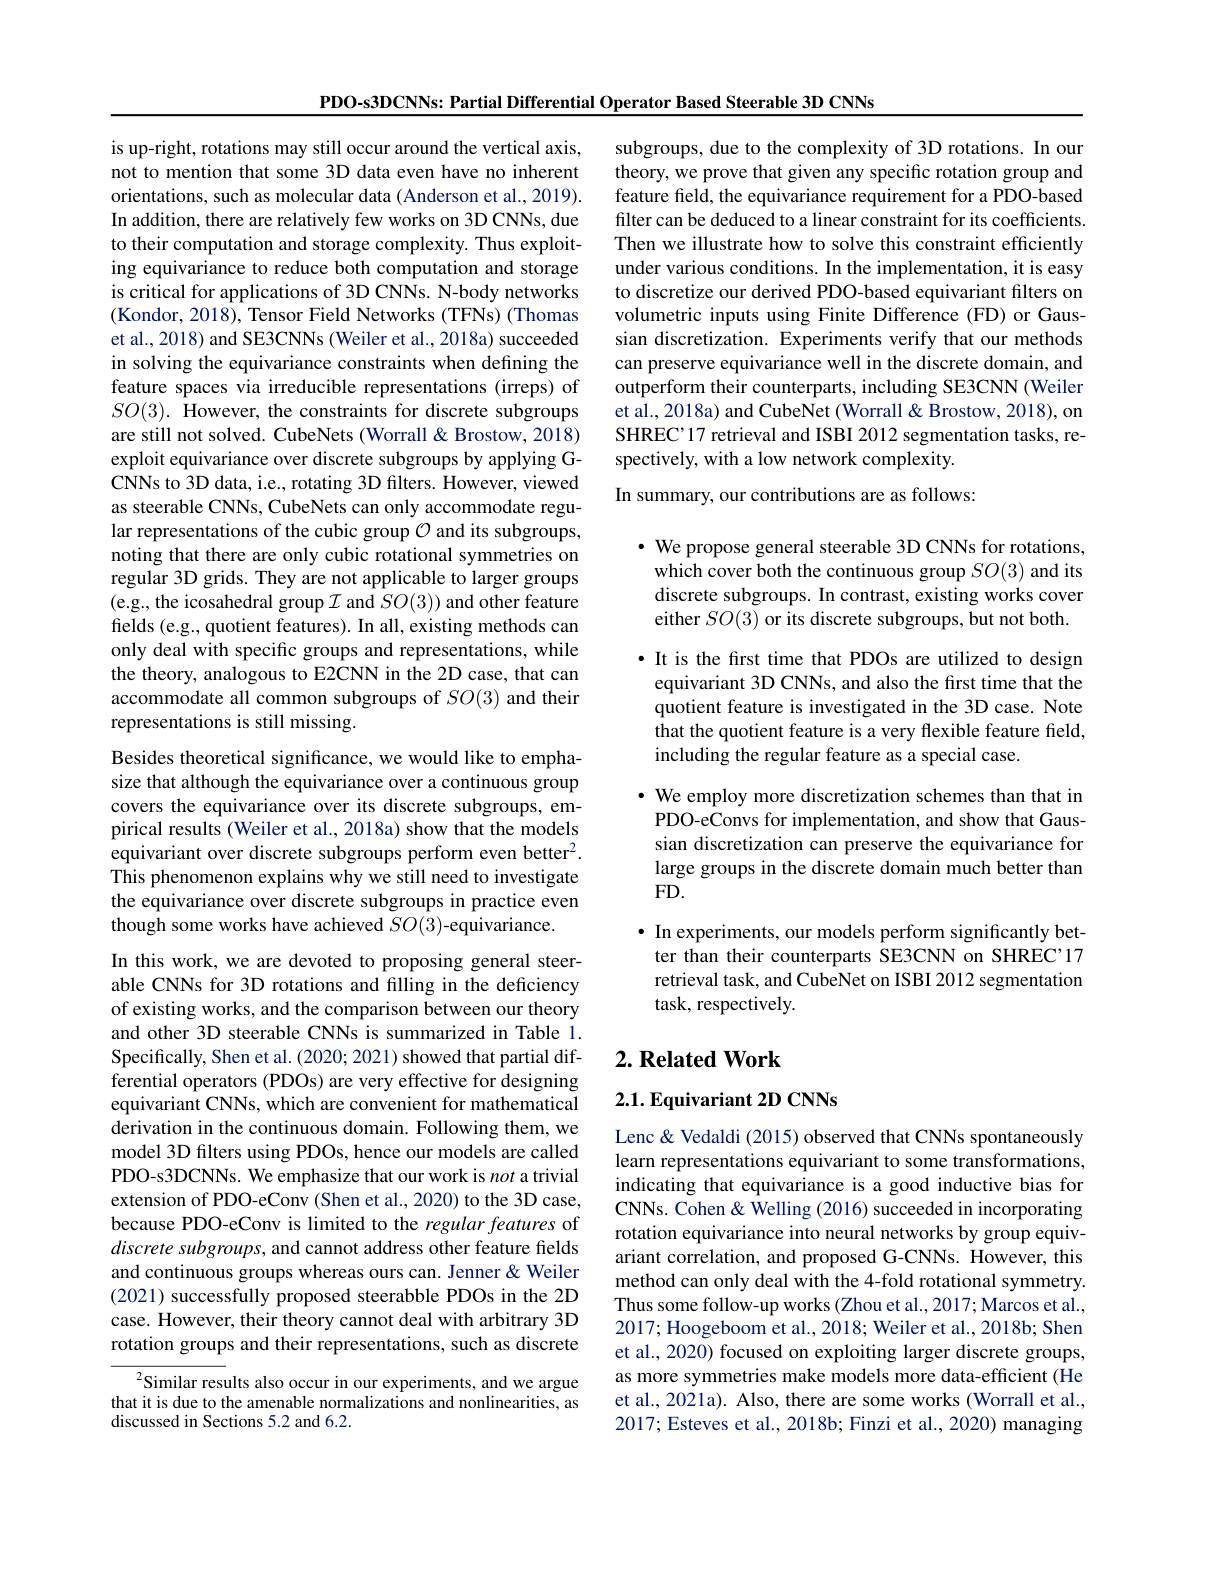
PDO-s3DCNNs: Partial Differential Operator Based Steerable 3D CNNs

is up-right, rotations may still occur around the vertical axis,

not to mention that some 3D data even have no inherent

orientations, such as molecular data (Anderson et al., 2019).

In addition, there are relatively few works on 3D CNNs, due

to their computation and storage complexity. Thus exploit-

ing equivariance to reduce both computation and storage

is critical for applications of 3D CNNs. N-body networks

(Kondor, 2018), Tensor Field Networks (TFNs) (Thomas

et al., 2018) and SE3CNNs (Weiler et al., 2018a) succeeded

in solving the equivariance constraints when defining the

feature spaces via irreducible representations (irreps) of

$SO(3).$ However, the constraints for discrete subgroups

are still not solved. CubeNets (Worrall&Brostow, 2018)

exploit equivariance over discrete subgroups by applying G-

CNNs to 3D data, i.e., rotating 3D filters. However, viewed

as steerable CNNs, CubeNets can only accommodate regu-

lar representations of the cubic group $\mathcal{O}$ and its subgroups,

noting that there are only cubic rotational symmetries on

regular 3D grids. They are not applicable to larger groups

(e.g., the icosahedral group $\mathcal{I}$ and $SO(3))$ and other feature

fields (e.g., quotient features). In all, existing methods can

only deal with specific groups and representations, while

the theory, analogous to E2CNN in the 2D case, that can

accommodate all common subgroups of $SO(3)$ and their

representations is still missing.

Besides theoretical significance, we would like to emphasize that although the equivariance over a continuous group covers the equivariance over its discrete subgroups, empirical results (Weiler et al., 2018a) show that the models equivariant over discrete subgroups perform even better$^2.$ This phenomenon explains why we still need to investigate the equivariance over discrete subgroups in practice even though some works have achieved $SO(3)$-equivariance.

In this work, we are devoted to proposing general steerable CNNs for 3D rotations and filling in the deficiency of existing works, and the comparison between our theory and other 3D steerable CNNs is summarized in Table 1. Specifically, Shen et al. (2020; 2021) showed that partial differential operators (PDOs) are very effective for designing equivariant CNNs, which are convenient for mathematical derivation in the continuous domain. Following them, we model 3D filters using PDOs, hence our models are called PDO-s3DCNNs. We emphasize that our work is not a trivial extension of PDO-eConv (Shen et al., 2020) to the 3D case, because PDO-eConv is limited to the regular features of discrete subgroups, and cannot address other feature fields and continuous groups whereas ours can. Jenner & Weiler (2021) successfully proposed steerabble PDOs in the 2D case. However, their theory cannot deal with arbitrary 3D rotation groups and their representations, such as discrete

${^2}$Similar results also occur in our experiments, and we argue that it is due to the amenable normalizations and nonlinearities, as discussed in Sections 5.2 and 6.2.

subgroups, due to the complexity of 3D rotations. In our theory, we prove that given any specific rotation group and feature field, the equivariance requirement for a PDO-based filter can be deduced to a linear constraint for its coefficients. Then we illustrate how to solve this constraint efficiently under various conditions. In the implementation, it is easy to discretize our derived PDO-based equivariant filters on volumetric inputs using Finite Difference (FD) or Gaussian discretization. Experiments verify that our methods can preserve equivariance well in the discrete domain, and outperform their counterparts, including SE3CNN (Weiler et al., 2018a) and CubeNet (Worrall & Brostow, 2018), on SHREC'17 retrieval and ISBI 2012 segmentation tasks, respectively, with a low network complexity.

In summary, our contributions are as follows:

· We propose general steerable 3D CNNs for rotations, which cover both the continuous group $SO(3)$ and its discrete subgroups. In contrast, existing works cover either $SO(3)$ or its discrete subgroups, but not both.

·It is the first time that PDOs are utilized to design equivariant 3D CNNs, and also the first time that the quotient feature is investigated in the 3D case. Note that the quotient feature is a very flexible feature field, including the regular feature as a special case.

$\cdot$ We employ more discretization schemes than that in PDO-eConvs for implementation, and show that Gaussian discretization can preserve the equivariance for large groups in the discrete domain much better than $FD.$

$\bullet$ In experiments, our models perform significantly better than their counterparts SE3CNN on SHREC'17 retrieval task, and CubeNet on ISBI 2012 segmentation task, respectively.

## $2. \textbf{ Related Work}$

## 2.1. Equivariant 2D CNNs

Lenc & Vedaldi (2015) observed that CNNs spontaneously learn representations equivariant to some transformations, indicating that equivariance is a good inductive bias for CNNs. Cohen & Welling (2016) succeeded in incorporating rotation equivariance into neural networks by group equivariant correlation, and proposed G-CNNs. However, this method can only deal with the 4-fold rotational symmetry. Thus some follow-up works (Zhou et al., 2017; Marcos et al., 2017; Hoogeboom et al., 2018; Weiler et al., 2018b; Shen et al., 2020) focused on exploiting larger discrete groups, as more symmetries make models more data-efficient (He et al., 2021a). Also, there are some works (Worrall et al., 2017; Esteves et al., 2018b; Finzi et al., 2020) managing